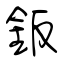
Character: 鈑